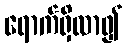
ရောက်ရှိလာ၍